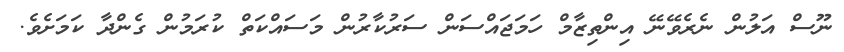
ނޫސް އަލުން ނެރެވޭނޭ އިންތިޒާމް ހަމަޖައްސަން ސަރުކާރުން މަސައްކަތް ކުރަމުން ގެންދާ ކަމަށެވެ.